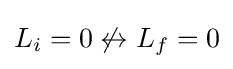
L_{i}=0\not \leftrightarrow L_{f}=0